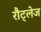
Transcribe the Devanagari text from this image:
रौट्लेज